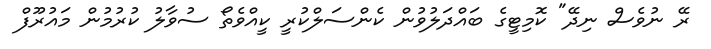
ރޭ ނުވެސް ނިދޭ" ކޮމިޓީގެ ބައްދަލުވުން ކެންސަލްކުރީ ކީއްވެތޯ ސުވާލު ކުރުމުން މައުރޫފް